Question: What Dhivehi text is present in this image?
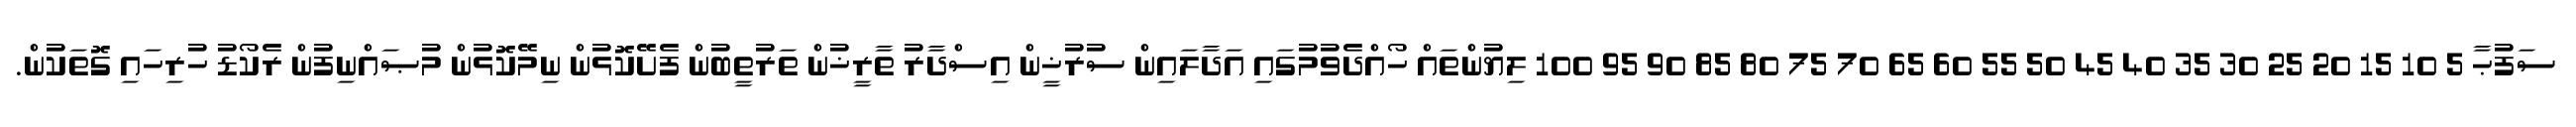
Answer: ސަފުޙާ 5 10 15 20 25 30 35 40 45 50 55 60 65 70 75 80 85 90 95 100 ލިޔުންތައް ހޯއްދެވުމުގައި އަދާލައިން ސުރުޚީން އިސްދާރު ތާރީޚުން ތަރުތީބުން ފެށޭކޮޅުން ނިމޭކޮޅުން މުޞައްނިފުން ރެކޯޑު ހުރިހައި ގޮތަކުން.